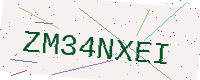
Text: ZM34NXEI